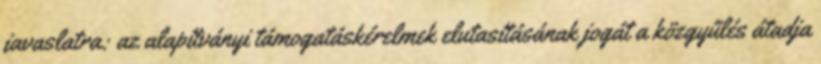
javaslatra: az alapítványi támogatáskérelmek elutasításának jogát a közgyűlés átadja